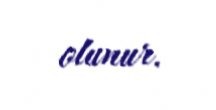
olunur.